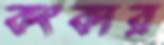
কংকার